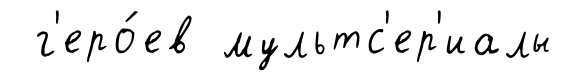
г'еро́ев мультс'ер'иалы